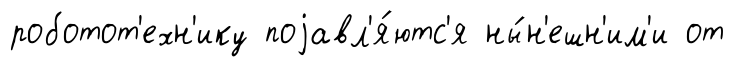
роботот'ехн'ику поjавл'я́ютс'я ны́н'ешн'им'и от